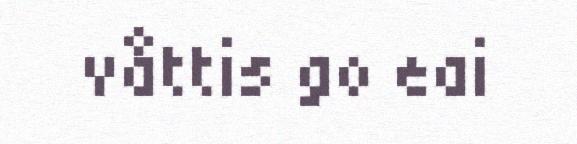
våttis go eai